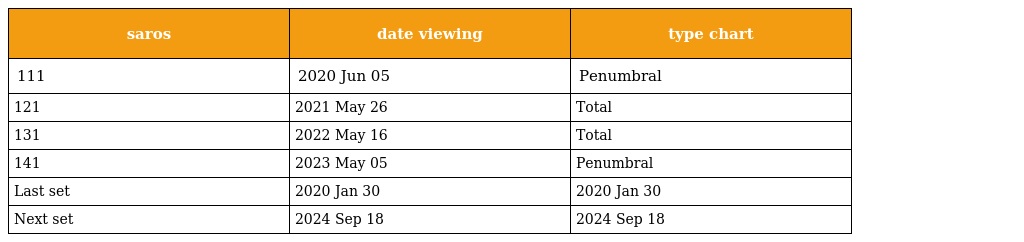
| saros | date viewing | type chart |
 | --- | --- | --- |
 | 111 | 2020 Jun 05 | Penumbral |
 | 121 | 2021 May 26 | Total |
 | 131 | 2022 May 16 | Total |
 | 141 | 2023 May 05 | Penumbral |
 | Last set | 2020 Jan 30 | 2020 Jan 30 |
 | Next set | 2024 Sep 18 | 2024 Sep 18 |